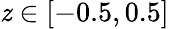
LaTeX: \mathit{z}\in[-0.5,0.5]